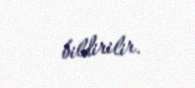
bildirilir.